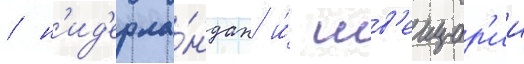
/ н'ид'ерла́ндах и́ шв'еицар'ии